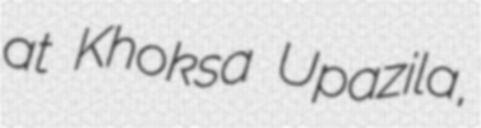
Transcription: at Khoksa Upazila,